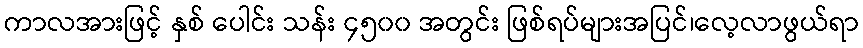
ကာလအားဖြင့် နှစ် ပေါင်း သန်း ၄၅၀၀ အတွင်း ဖြစ်ရပ်များအပြင်၊လေ့လာဖွယ်ရာ